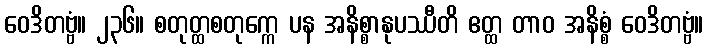
ဝေဒိတဗ္ဗံ။ ၂၃၆။ စတုတ္ထစတုက္ကေ ပန အနိစ္စာနုပဿီတိ ဧတ္ထ တာဝ အနိစ္စံ ဝေဒိတဗ္ဗံ။